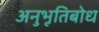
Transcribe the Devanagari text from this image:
अनुभूतिबोध